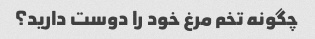
چگونه تخم مرغ خود را دوست دارید؟